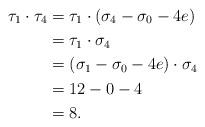
LaTeX: \begin{align*} \tau_1 \cdot \tau_4 &= \tau_1 \cdot (\sigma_4 - \sigma_0 - 4 e) \\ &= \tau_1 \cdot \sigma_4 \\ &= (\sigma_1 - \sigma_0 - 4 e) \cdot \sigma_4 \\ &= 12 - 0 - 4 \\ &= 8.\end{align*}